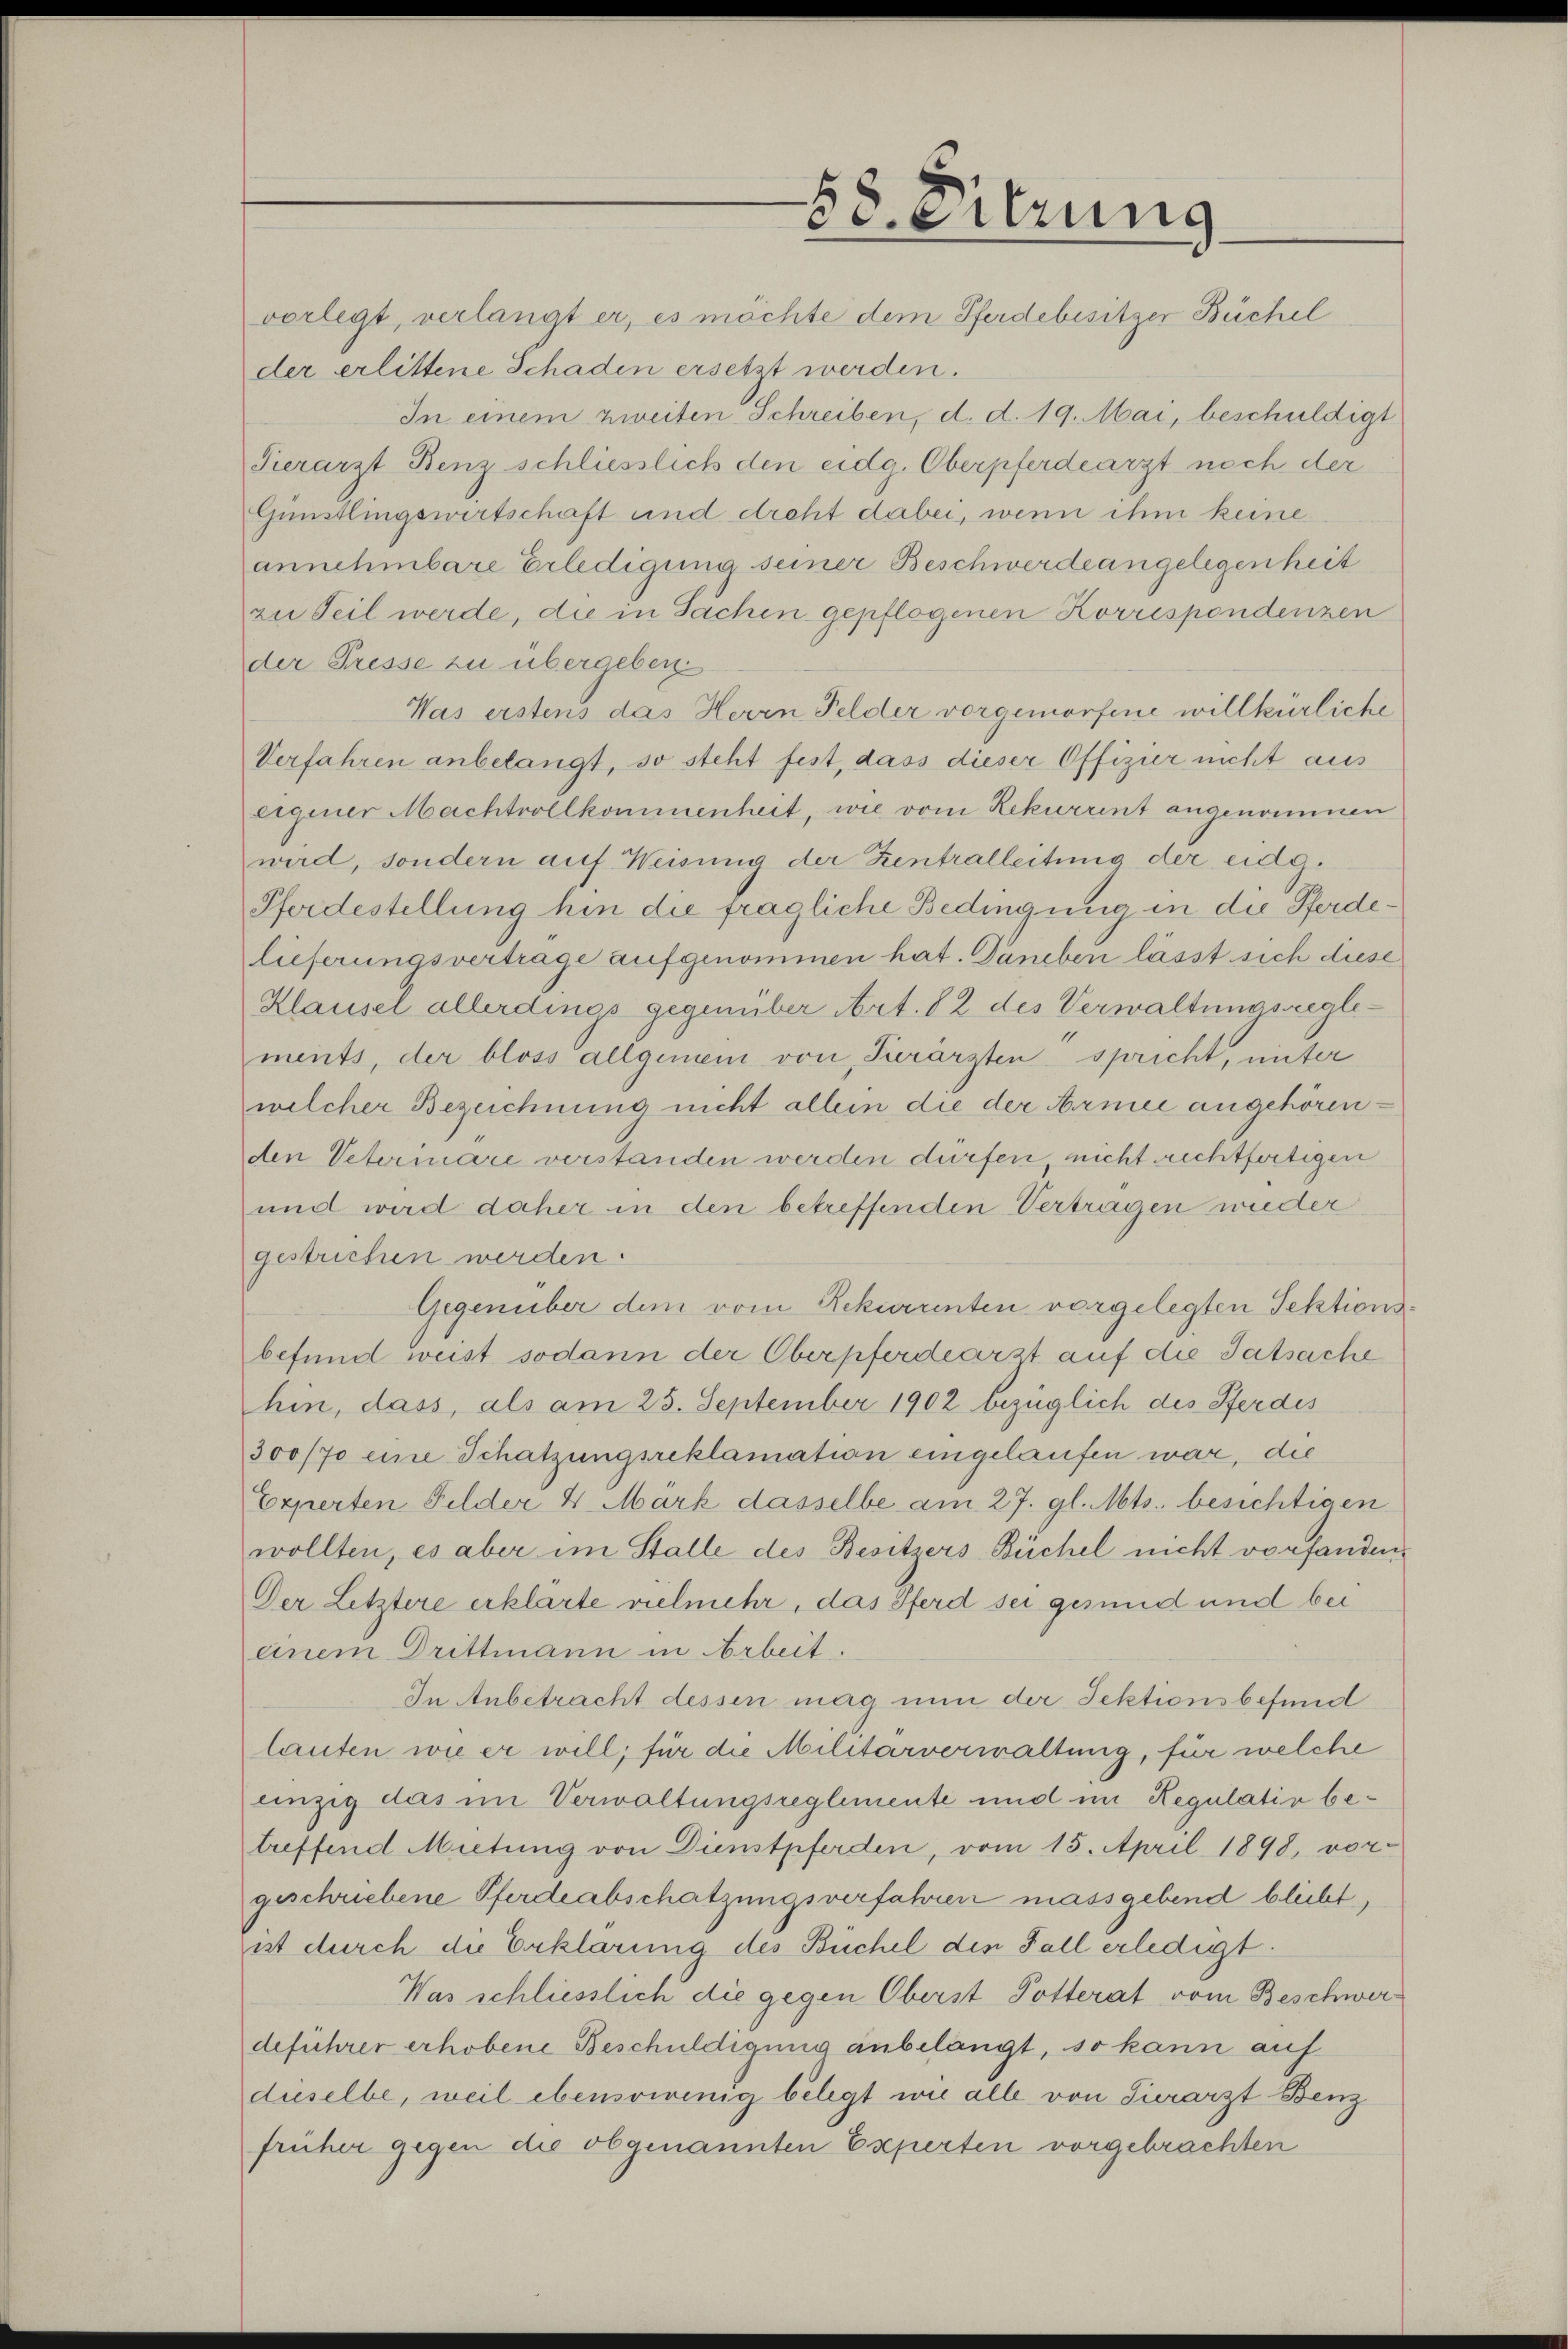
vorlegt, verlangt er, es möchte dem Pferdebesitzer Büchel
der erlittene Schaden ersetzt werden.
In einem zweiten Schreiben, d. d. 19. Mai, beschuldigt
Serarzt Benz schliesslich den eidg. Oberpferdearzt noch der
Günstlingswirtschaft und dreht dabei, wenn ihm keine
annehmbare Erledigung seiner Beschwerde angelegenheit
zu Teil werde, die in Sachen gepflogenen Korrespondenzen
der Fresse zu übergeben.
Was erstens das Herrn Felder vorgeworfene willkürliche
Verfahren anbelangt, so steht fest, dass dieser Offizier nicht aus
eigener Machtvollkommenheit, wie vom Rekurrent angenommen
wird, sondern auf Weisung der Zentralleitung der eidg.
Pferdestellung hin die fragliche Bedingung in die Pferdelieferungsvertrage aufgenommen hat. Daneben lässt sich diese
Klausel allerdings gegenüber Art. 82 des Verwaltungsreglements, der bloss allgemein von Verärzten spricht, unter
welcher Bezeichnung nicht allein die der Armee angehörenden Veterinare verstanden werden dürfen, nicht rechtfertigen
und wird daher in den betreffenden Vertragen wieder
gestrichen werden.
Gegenüber dem vom Rekurrenten vorgelegten Sektionsbefund weist sodann der Oberpferdearzt auf die Tatsache
hin, dass, als am 25. September 1902 bezüglich des Pferdes
300/70 eine Schatzungsreklamation eingelaufen war, die
Experten Felder 4. März dasselbe am 27. gl. Mts. besichtigen
wollten, es aber im Stalle des Besitzers Büchel nicht vorfanden.
Der Letztere erklärte vielmehr, das Pferd sei gesund und bei
einem Drittmann in Arbeit.
In Anbetracht dessen mag nun der Sektionsbefund
lauten wie er will, für die Militärverwaltung, für welche
einzig das im Verwaltungsreglemente und im Regulativ betreffend Mietung von Dienstpferden, vom 15. April 1898, vor-
geschriebene Pferdeabschatzungsverfahren massgebend bliebt,
ist durch die Erklärung des Büchel den Fall erledigt.
Was schliesslich die gegen Oberst Potterat vom Beschwerdeführer erhobene Beschuldigung anbelangt, so kann auf
duselbe, weil ebensowenig belegt wie alle von Turarzt Benz
früher gegen die obgenannten Experten vorgebrachten

58. Sitzung